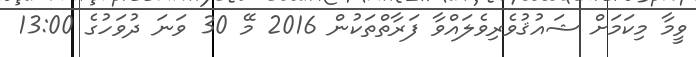
ވީމާ މިކަމަށް ޝައުޤުވެރިވެލައްވާ ފަރާތްތަކުން 2016 މޭ 30 ވަނަ ދުވަހުގެ 13:00